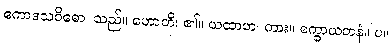
ဧကာဒသဝိဓော၊ သည်။ ဟောတိ၊ ၏။ ယထာဟ၊ ကား။ စက္ခာယတနံ။ ပ။